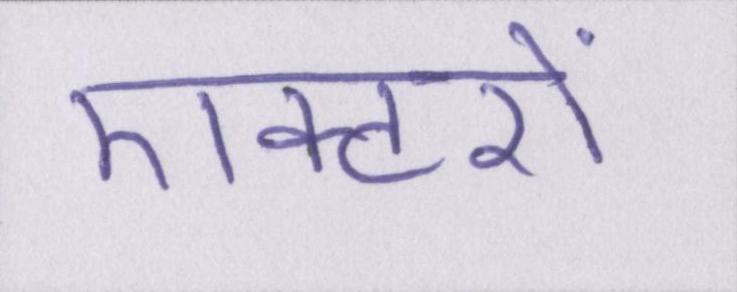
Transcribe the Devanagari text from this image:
एक्टरों